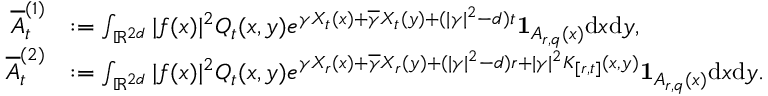
\begin{array} { r l } { \overline { A } _ { t } ^ { ( 1 ) } } & { : = \int _ { { \ensuremath { \mathbb R } } ^ { 2 d } } | f ( x ) | ^ { 2 } Q _ { t } ( x , y ) e ^ { \gamma X _ { t } ( x ) + \overline { \gamma } X _ { t } ( y ) + ( | \gamma | ^ { 2 } - d ) t } \mathbf { 1 } _ { A _ { r , q } ( x ) } \mathrm { d } x \mathrm { d } y , } \\ { \overline { A } _ { t } ^ { ( 2 ) } } & { : = \int _ { { \ensuremath { \mathbb R } } ^ { 2 d } } | f ( x ) | ^ { 2 } Q _ { t } ( x , y ) e ^ { \gamma X _ { r } ( x ) + \overline { \gamma } X _ { r } ( y ) + ( | \gamma | ^ { 2 } - d ) r + | \gamma | ^ { 2 } K _ { [ r , t ] } ( x , y ) } \mathbf { 1 } _ { A _ { r , q } ( x ) } \mathrm { d } x \mathrm { d } y . } \end{array}